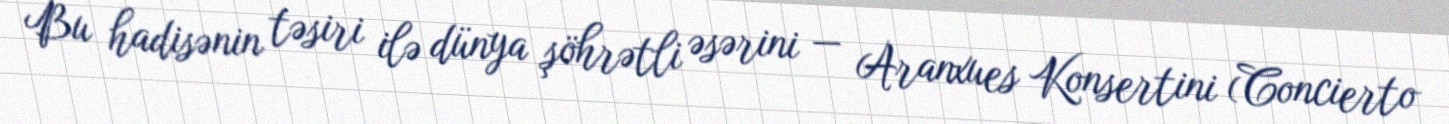
Bu hadisənin təsiri ilə dünya şöhrətli əsərini — Aranxues Konsertini (Concierto